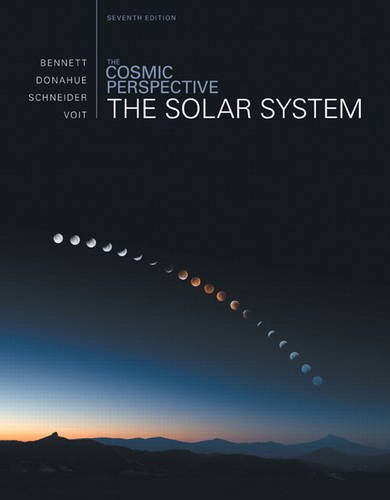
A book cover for The Cosmic Perspective: The Solar System (7th Edition); Jeffrey O. Bennett; Science & Math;